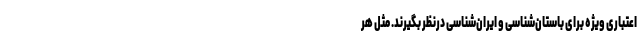
اعتباری ویژه برای باستان‌شناسی و ایران‌شناسی درنظر بگیرند. مثل هر